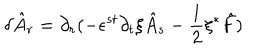
\delta \hat { A } _ { r } = \partial _ { r } ( - \epsilon ^ { s t } \partial _ { t } \xi \hat { A } _ { s } - \frac { 1 } { 2 } \xi { ^ \ast } \hat { F } )